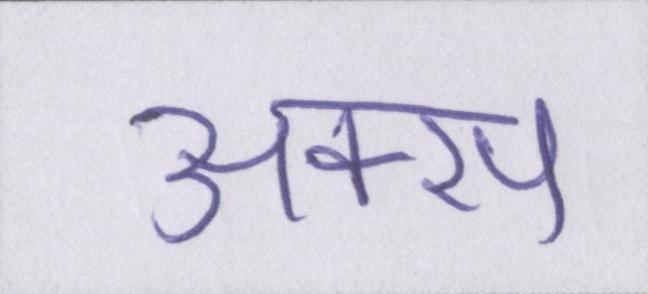
अक्स